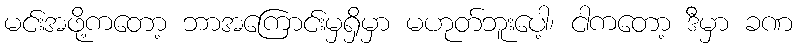
မင်းအဖို့ကတော့ ဘာအကြောင်းမှရှိမှာ မဟုတ်ဘူးပေါ့၊ ငါကတော့ ဒီမှာ ခဏ